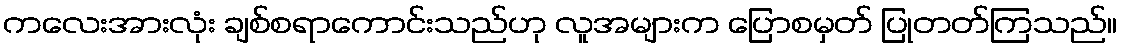
ကလေးအားလုံး ချစ်စရာကောင်းသည်ဟု လူအများက ပြောစမှတ် ပြုတတ်ကြသည်။